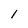
Character: 1